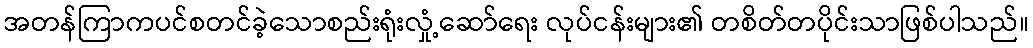
အတန်ကြာကပင်စတင်ခဲ့သောစည်းရုံးလှုံ့ဆော်ရေး လုပ်ငန်းများ၏ တစိတ်တပိုင်းသာဖြစ်ပါသည်။